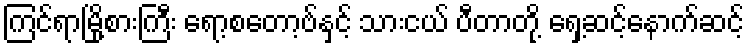
ကြင်ရာမြို့စားကြီး ရော့စတော့ဗ်နှင့် သားငယ် ပီတာတို့ ရှေ့ဆင့်နောက်ဆင့်